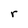
Character: r